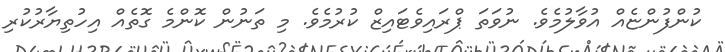
ކުންފުންޏެއް އުވާލުމެވެ. ނުވަތަ ޕްރައިވެޓައިޒް ކުރުމެވެ. މި ތަނުން ކޮންމެ ގޮތެއް އިހުތިޔާރުކުރި